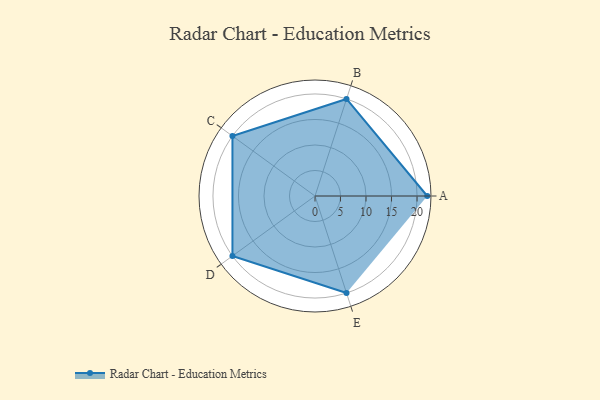
{"axis": {"x": "Skill", "y": "Score"}, "legend": ["Profile"], "data": [{"x": "A", "y": 22.0, "type": "Profile"}, {"x": "B", "y": 20, "type": "Profile"}, {"x": "C", "y": 20, "type": "Profile"}, {"x": "D", "y": 20, "type": "Profile"}, {"x": "E", "y": 20, "type": "Profile"}]}